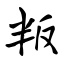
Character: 叛